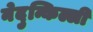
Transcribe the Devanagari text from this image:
नेदुन्किल्ली